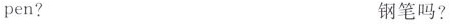
pen? 钢笔吗?